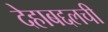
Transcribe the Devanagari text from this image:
देहाबद्दलची